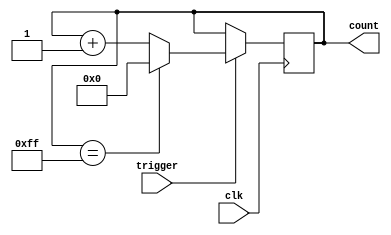
module counter (
    input trigger,
    input clk,
    output reg[7:0] count
);

reg[7:0] max_count = 8'hFF; // Maximum value for counter

always @(posedge clk) begin
    if (trigger) begin
        if (count == max_count)
            count <= 8'h00; // Reset counter to 0
        else
            count <= count + 1; // Increment counter
    end
end

endmodule